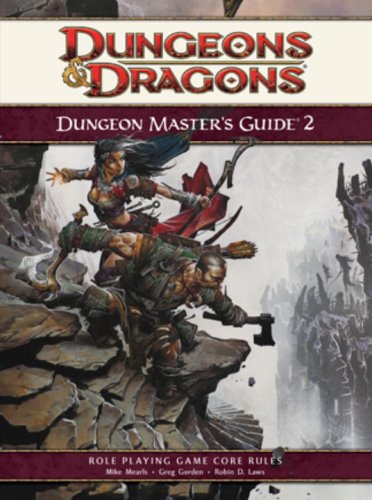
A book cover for Dungeon Master's Guide 2 (4th Edition D&D); Mike Mearls; Science Fiction & Fantasy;